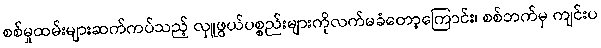
စစ်မှုထမ်းများဆက်ကပ်သည့် လှူဖွယ်ပစ္စည်းများကိုလက်မခံတော့ကြောင်း၊ စစ်ဘက်မှ ကျင်းပ